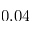
0 . 0 4